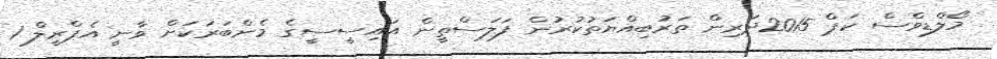
މޯލްޑިވްސް ކަޕް 2015ދަރިން ތަރުބިއްޔަތުކުރުން ފަލަސްތީން އައިސީސީގެ މެންބަރަކަށް ވާނީ އެޕްރީލް 1